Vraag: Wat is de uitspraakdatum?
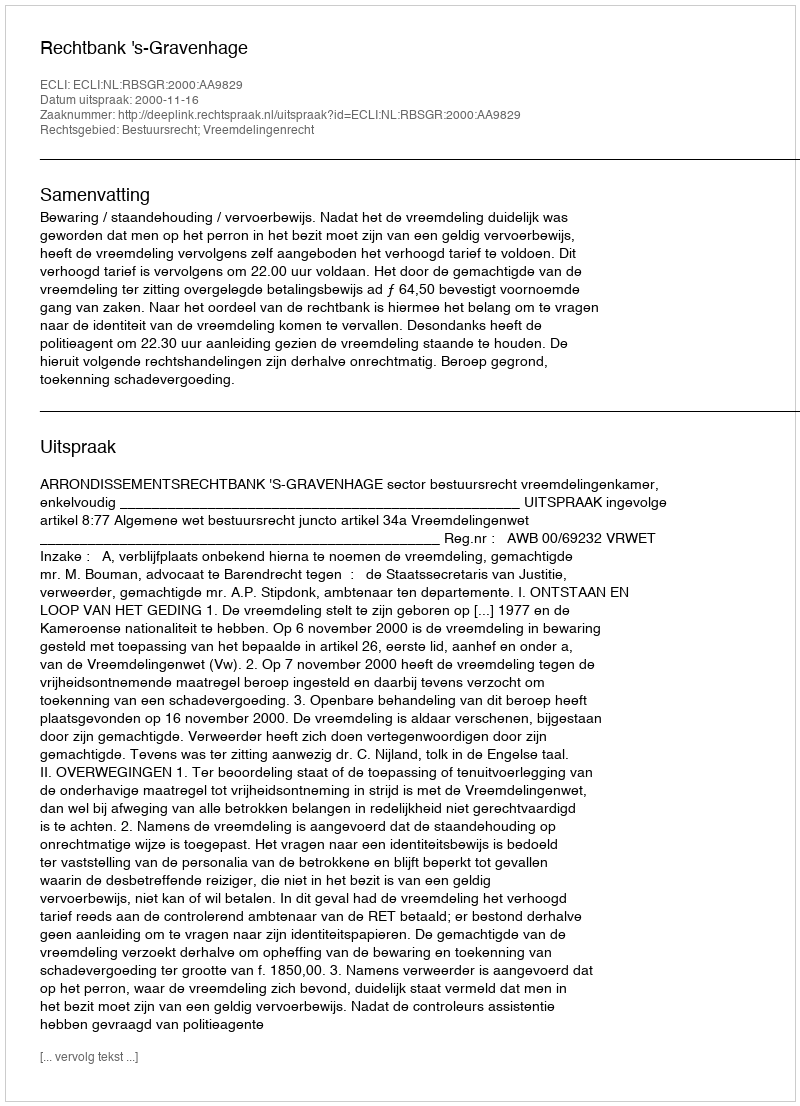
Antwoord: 2000-11-16